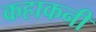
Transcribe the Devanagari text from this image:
कहाकनी